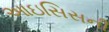
આઇસિસની